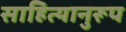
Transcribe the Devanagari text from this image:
साहित्यानुरूप